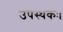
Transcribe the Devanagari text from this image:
उपस्थकः।